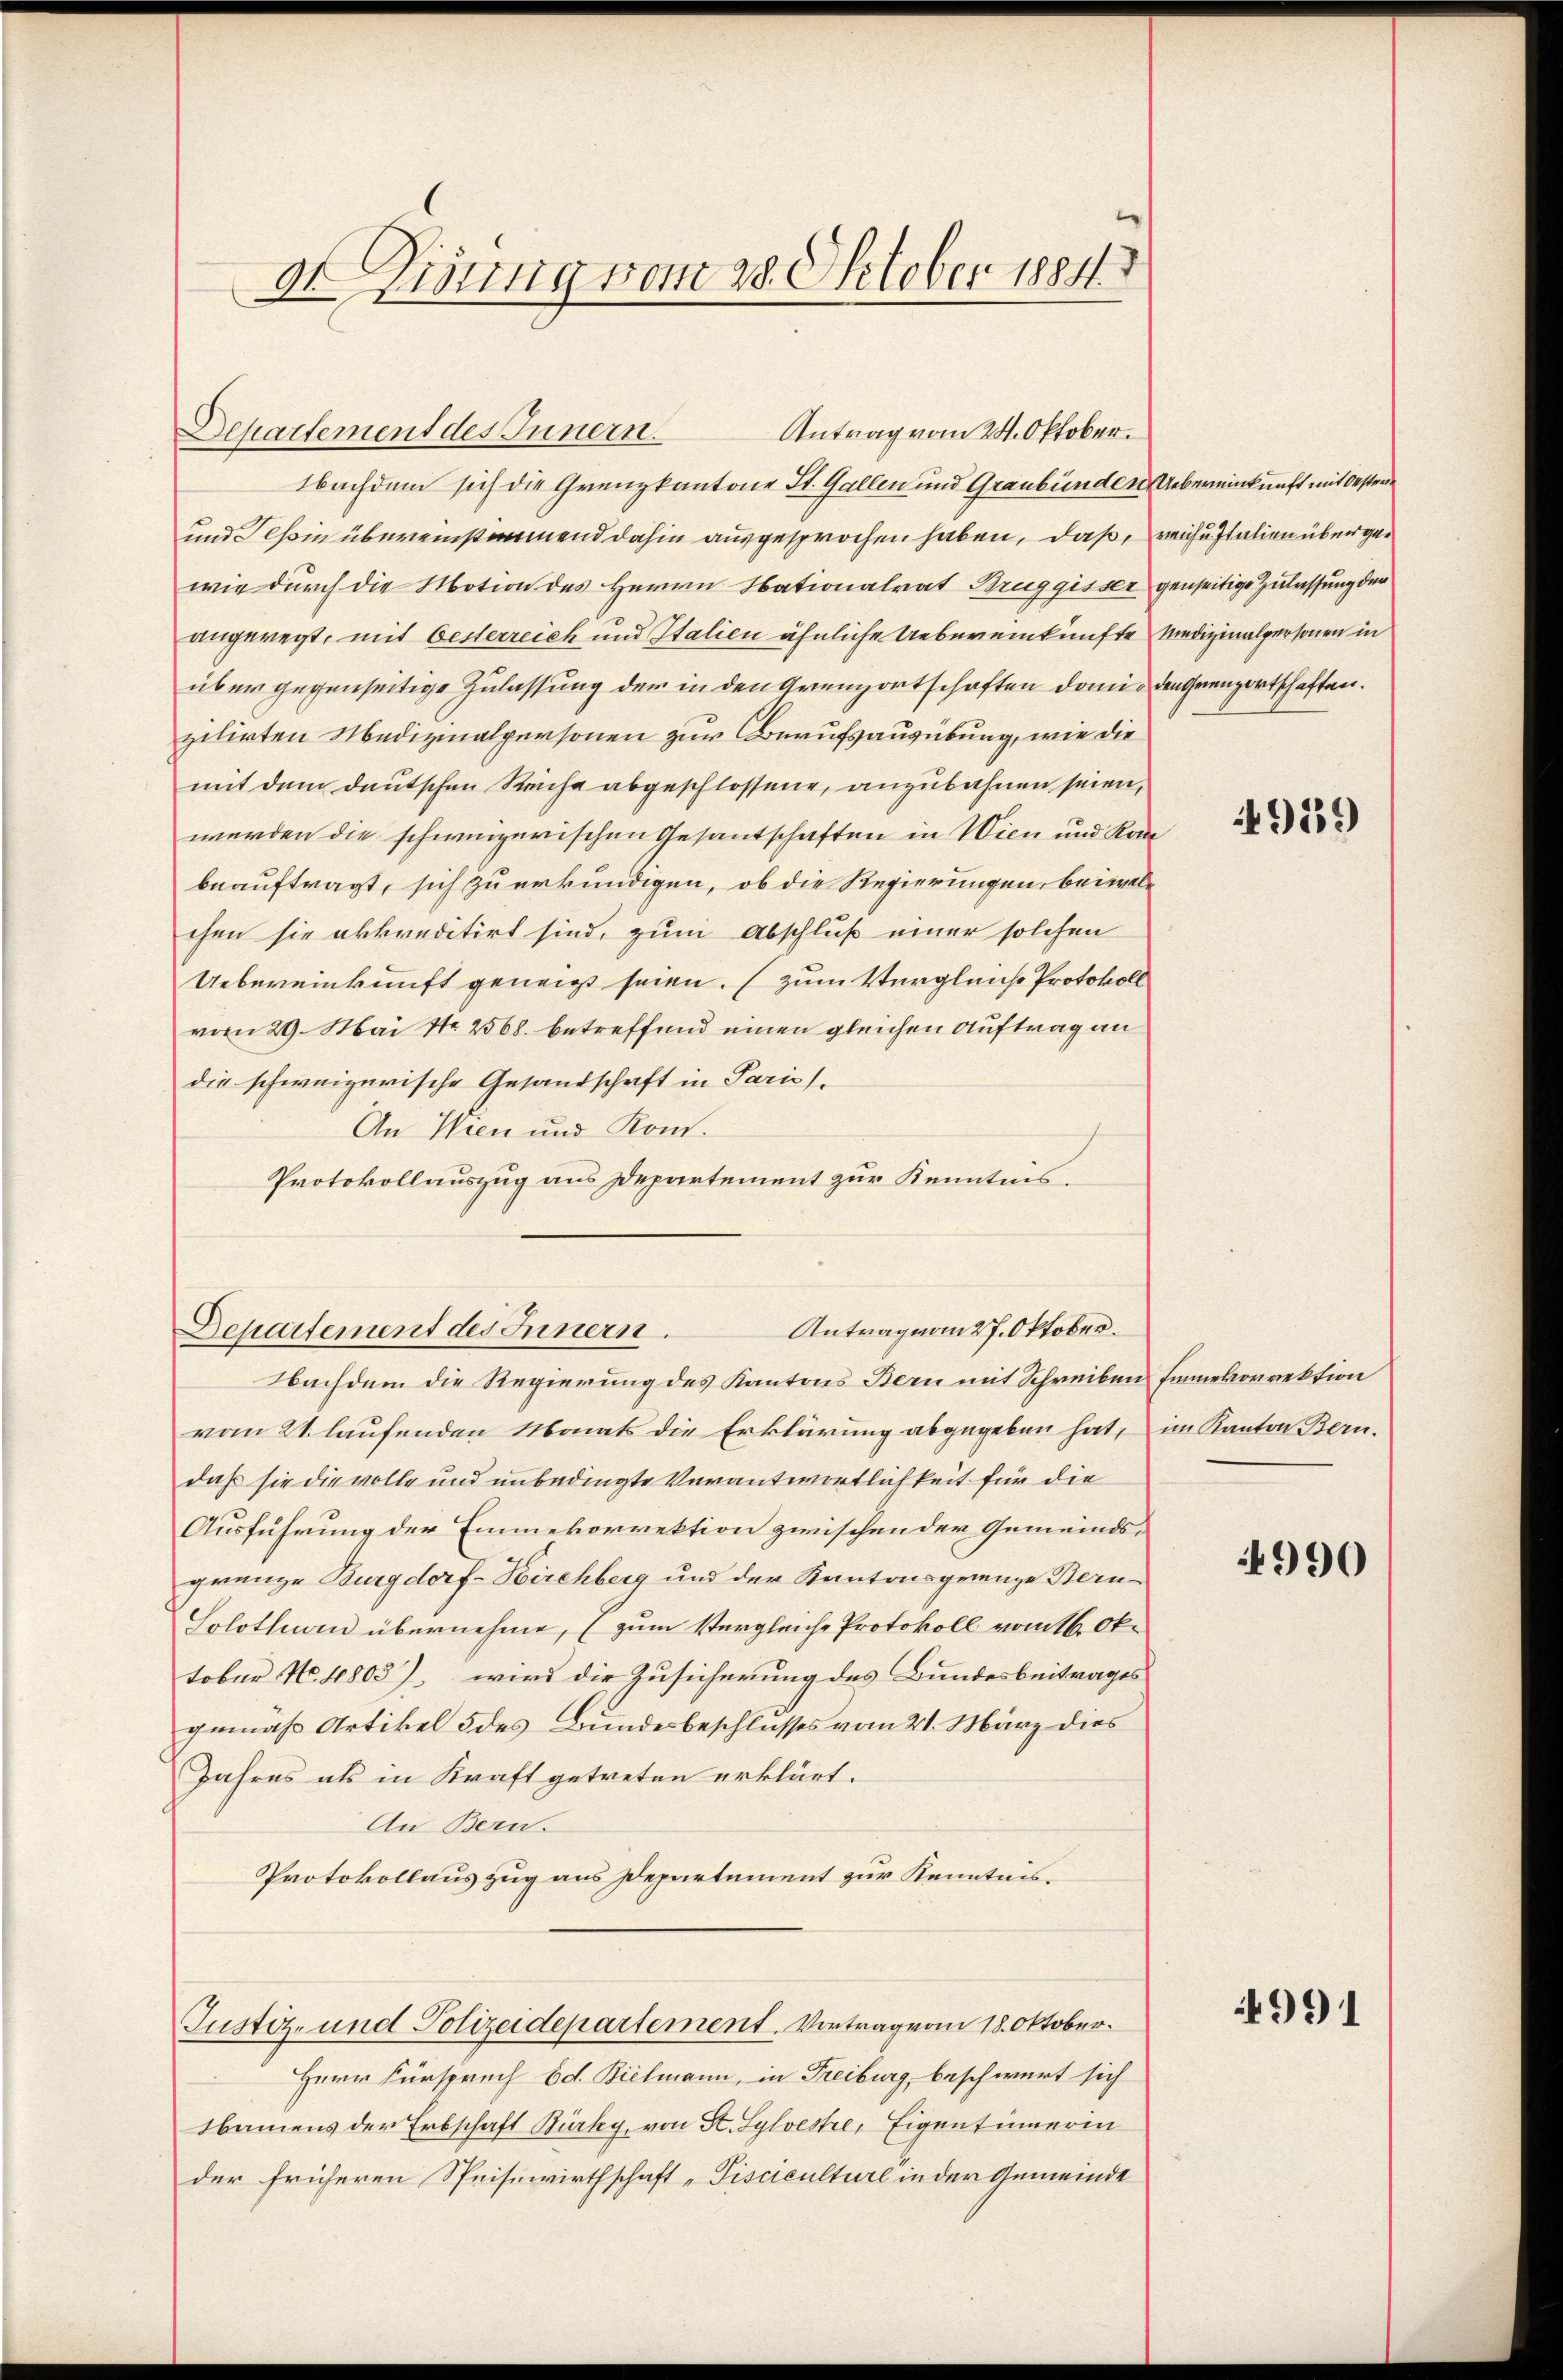
dt Dirung vom 28. Oktober 1884

Departement des Innern.
Nachdem sich die Grenzkantone St. Gallen und Graubünden Uebereinkunft mit Oester
und Tessin übereinstimmend dahin ausgesprochen haben, daß, reich Italien überge
wie durch die Motion des Herrn Nationalrat Bruggisser genseitige Zulassung der
angeregt, mit besterreich und Italien ähnliche Uebereinkünfte Medizinalpersonen in
über gegenseitige Zulassung der in den Grenzortschaften damit den Grenzortschaften.
zilirten Medizinalpersonen zur Berufsausübung, wie die
mit dem deutschen Reiche abgeschlossene, anzubahnen seien,
werden die schweizerischen Gesantschaften in Wien und Kanbeauftragt, sich zu erkundigen, ob die Regierungen, bei welchen sie akkreditirt sind, zum Abschluß einer solchen
Uebereinkunft geneigt seien. (zum Vergleiche Protokoll
vom 29. Mai No 2568. betreffend einen gleichen Auftrag an
die schweizerische Gesandschaft in Pariss.
An Wien und Kom¬
Protokollauszug aus Departement zur Kenntnis.

Antrag vom 24. Oktober.

Antrag vom 27. Oktober.
Departement des Innern.

Nachdem die Regierung des Kantons Bern mit Schreiben Einnekorrektion
vom 21. laufenden Monats die Erklärung abgegeben hat, im Kanton Bern.
daß sie die volle und unbedingte Verantwortlichkeit für die
Ausführung der Emmekorrektion zwischen der Gemeindsgränze Burgdorf-Birchberg und der Kantonsgrenze Bern-
Solothurn übernehme, (zum Vergleiche Protokoll vom 16. Ok-
tober No. 1803), wird die Zusicherung des Bundesbeitrages
gemäß Artikel 5 des Bundesbeschlusses vom 21. März dies
Jahres als in Kraft getreten erklärt.
An Bern.
Protokollauszug aus Departement zur Kenntnis¬
Justiz- und Polizeidepartement. Vortrag vom 18. Oktober.
Herr Fürspruch Ed. Bielmann, in Freiburg, beschwert sich
Namens der Erbschaft Bürky, von St. Sylvestre, Eigentümerin
der früheren Speisewirthschaft „Pisciculture in der Gemeinde

49159

990

4991